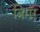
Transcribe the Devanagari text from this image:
त्रिमर